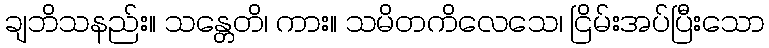
ချဘိသနည်း။ သန္တေတိ၊ ကား။ သမိတကိလေသေ၊ ငြိမ်းအပ်ပြီးသော